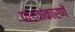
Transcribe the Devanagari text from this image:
पांडवांकारणें